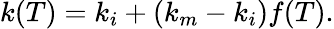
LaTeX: k(T)=k_{i}+(k_{m}-k_{i})f(T).